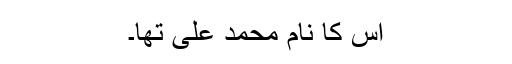
اس کا نام محمد علی تھا۔